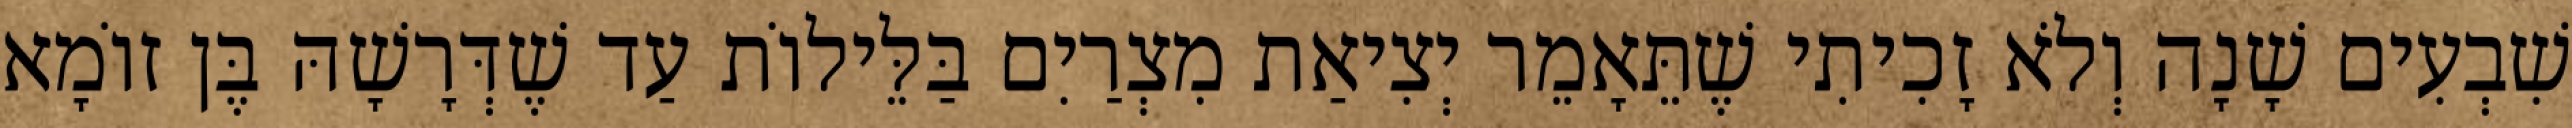
שִׁבְעִים שָׁנָה וְלֹא זָכִיתִי שֶׁתֵּאָמֵר יְצִיאַת מִצְרַיִם בַּלֵּילוֹת עַד שֶׁדְּרָשָׁהּ בֶּן זוֹמָא